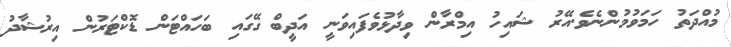
މުއްދަތު ހަމަވުމުންނެވެ.އޭރު ޝައިހު އިމްރާން ވިދާޅުވެފައިވަނީ އަދީބް ގޭގައި ބަހައްޓަން ޑޮކްޓަރުން އިރުޝާދު